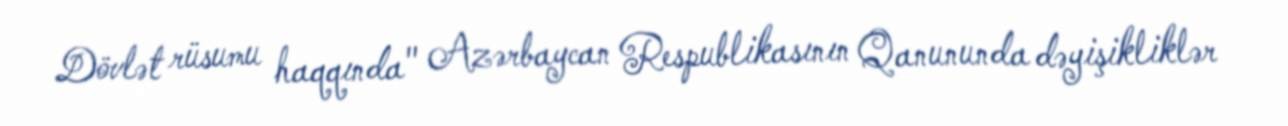
Dövlət rüsumu haqqında" Azərbaycan Respublikasının Qanununda dəyişikliklər